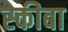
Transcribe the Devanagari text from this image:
स्कीबा